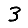
Digit: 3